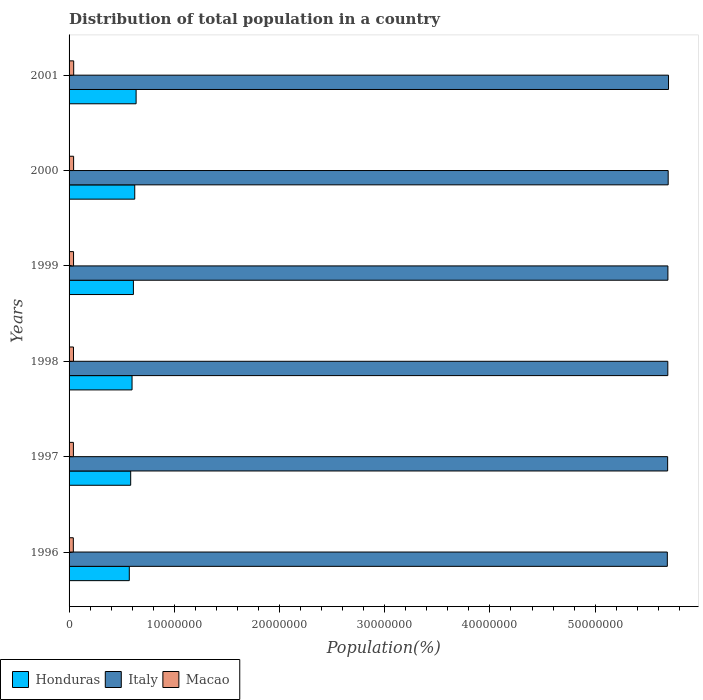
| Years | Honduras | Italy | Macao |
 | --- | --- | --- | --- |
 | 1996 | 5.72e+06 | 5.69e+07 | 4.05e+05 |
 | 1997 | 5.86e+06 | 5.69e+07 | 4.12e+05 |
 | 1998 | 5.99e+06 | 5.69e+07 | 4.19e+05 |
 | 1999 | 6.11e+06 | 5.69e+07 | 4.25e+05 |
 | 2000 | 6.24e+06 | 5.69e+07 | 4.32e+05 |
 | 2001 | 6.37e+06 | 5.7e+07 | 4.38e+05 |